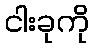
ငါးခုကို